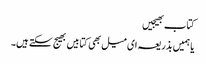
کتاب بھیجیں
یا ہمیں بذریعہ ای میل بھی کتابیں بھیج سکتے ہیں۔